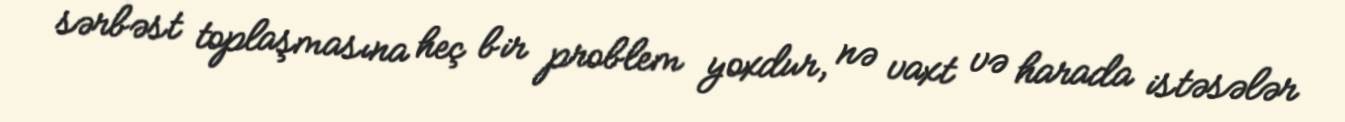
sərbəst toplaşmasına heç bir problem yoxdur, nə vaxt və harada istəsələr